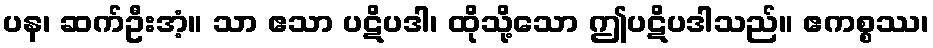
ပန၊ ဆက်ဦးအံ့။ သာ ဧသာ ပဋိပဒါ၊ ထိုသို့သော ဤပဋိပဒါသည်။ ဧကစ္စဿ၊